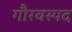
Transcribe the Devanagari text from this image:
गौरवस्पद